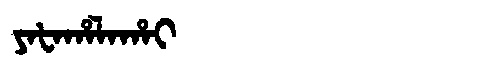
Manchu: ᠶᠠᡶᠠᡥᠠᠯᠠᡥᠠᡳ
Romanization: YAFAHALAHAI